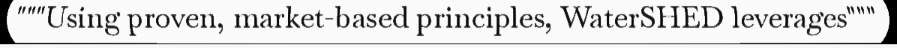
"""Using proven, market-based principles, WaterSHED leverages"""